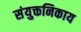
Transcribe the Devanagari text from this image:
संयुक्तनिकाय